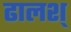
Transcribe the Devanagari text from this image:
ढालश्